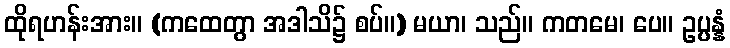
ထိုရဟန်းအား။ (ကထေတွာ အဒါသိ၌ စပ်။) မယာ၊ သည်။ ကတမေ၊ ပေ။ ဥပ္ပန္နံ